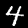
Label: 4